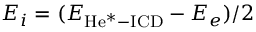
E _ { i } = ( E _ { \mathrm { H e ^ { * } - I C D } } - E _ { e } ) / 2